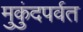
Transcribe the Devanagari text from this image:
मुकुंदपर्वत